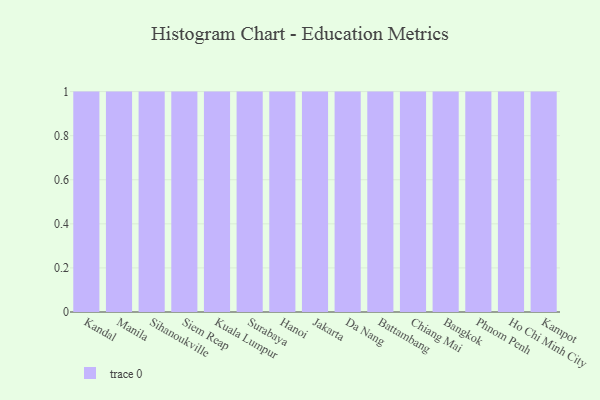
{"axis": {"x": "City", "y": "Production Output"}, "legend": [""], "data": [{"x": "Kandal", "y": 56, "type": ""}, {"x": "Manila", "y": 100, "type": ""}, {"x": "Sihanoukville", "y": 35, "type": ""}, {"x": "Siem Reap", "y": 98, "type": ""}, {"x": "Kuala Lumpur", "y": 35, "type": ""}, {"x": "Surabaya", "y": 12, "type": ""}, {"x": "Hanoi", "y": 5, "type": ""}, {"x": "Jakarta", "y": 25, "type": ""}, {"x": "Da Nang", "y": 66, "type": ""}, {"x": "Battambang", "y": 38, "type": ""}, {"x": "Chiang Mai", "y": 40, "type": ""}, {"x": "Bangkok", "y": 94, "type": ""}, {"x": "Phnom Penh", "y": 82, "type": ""}, {"x": "Ho Chi Minh City", "y": 10, "type": ""}, {"x": "Kampot", "y": 59, "type": ""}]}